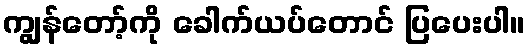
ကျွန်တော့်ကို ခေါက်ယပ်တောင် ပြပေးပါ။